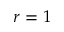
r = 1